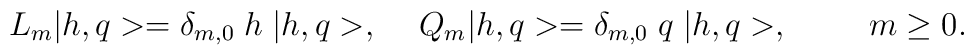
L_{m} |h,q> = \delta_{m,0}\;h\; |h,q>, \hspace{0.5cm}Q_{m} |h,q> = \delta_{m,0}\;q\; |h,q>, \hspace{1.0cm}m\geq 0.